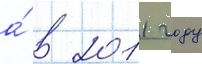
а́ в 2011 году